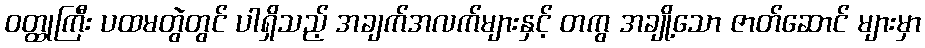
ဝတ္ထုကြီး ပထမတွဲတွင် ပါရှိသည့် အချက်အလက်များနှင့် တကွ အချို့သော ဇာတ်ဆောင် များမှာ